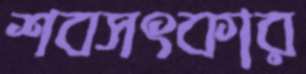
শবসৎকার